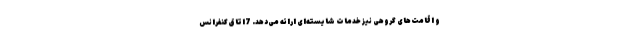
و اقامت‌های گروهی نیز خدمات شایسته‌ای ارائه می‌دهد. 7اتاق کنفرانس